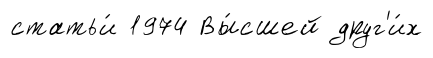
статьи́ 1974 Вы́сшей друг'и́х